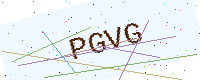
Text: PGVG